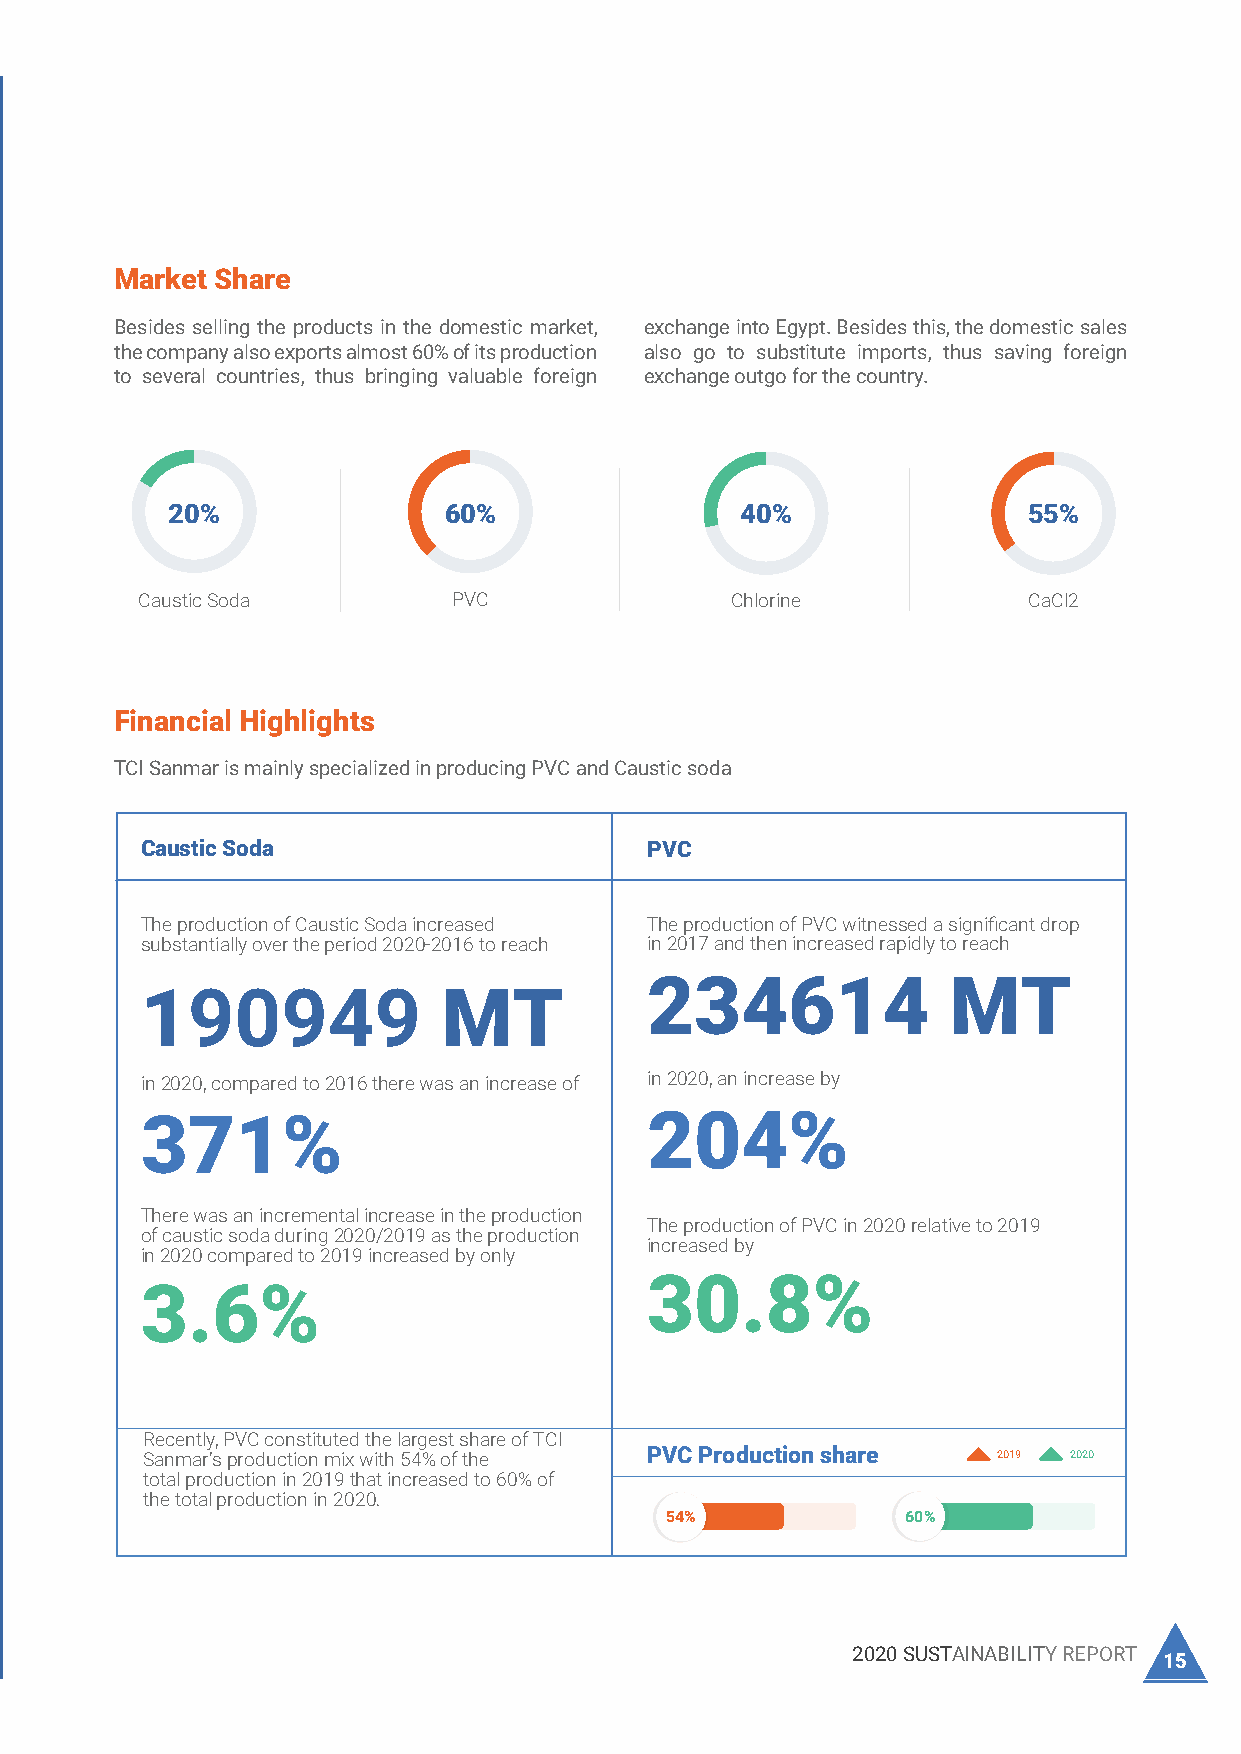
Our Sustainability Highlights
 Market Share
 Operational Highlights Quality Highlights Besides selling the products in the domestic market, exchange into Egypt. Besides this, the domestic sales
 the company also exports almost 60% of its production also go to substitute imports, thus saving foreign
 to several countries, thus bringing valuable foreign exchange outgo for the country.
 Major quantity of the salt needed for chlorine
 manufacture is supplied by our own salt fields. New
 Salt washery was commissioned in April 2019.
 20%               60%                 40%                55%
 Zero Customer Quality complain
 in Year 2020-2019 on our final
 product (PVC, Caustic Soda)
 Our constant development of environment-friendly Caustic Soda PVC Chlorine CaCl2
 production processes has reduced the consumption of
 valuable natural resources.
 Financial Highlights
 First plant to produce 60,000 TPA of Green Ethylene
 TCI Sanmar is mainly specialized in producing PVC and Caustic soda
 from Ethanol in the Middle East North Africa (MENA)
 region. Space is available for two more similar units in
 the site. Catalyst renewed after 5 years of life.
 Earning the Bureau of Indian
 Standards (BIS) Certificate for Caustic Soda PVC
 Caustic Soda Product
 ActualProduction/ PVC2 Plant is being operated at 125% of its
 design capacity. The licensor Ineos Vinyl has
 Expanded The production of Caustic Soda increased The production of PVC witnessed a significant drop
 appreciated the efforts of operation team for
 substantially over the period 2020-2016 to reach in 2017 and then increased rapidly to reach
 capacities of surpassing the design capacity in the first year
 Caustic i Pts re olf d. uct UOM 2019/2Q 0u 2a 0n 2ti 0t 1y 8/2019 190949 MT 234614 MT
 Soda&PVC
 Caustic Soda MT 190,943 180,570
 in 2019/2020 PVC MT 234,614 196,080 in 2020, compared to 2016 there was an increase of in 2020, an increase by
 VS 2018/2019 No production loss due the 371% 204%
 Calcium Chloride MT 60,359 20,050 accuracy of analysis or delaying
 in reporting
 There was an incremental increase in the production
 The production of PVC in 2020 relative to 2019
 of caustic soda during 2020/2019 as the production
 increased by
 in 2020 compared to 2019 increased by only
 Safety Highlights                          30.8%
 3.6%
 Recently, PVC constituted the largest share of TCI
 Sanmar’s production mix with 54% of the PVC Production share 2019 2020
 total production in 2019 that increased to 60% of
 We had no Reportable Lost the total production in 2020.
 Time Injury for any TCI Sanmar              54%             60%
 employees
 14 TCI SANMAR CHEMICALS S.A.E                           2020 SUSTAINABILITY REPORT 15